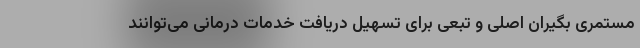
مستمری بگیران اصلی و تبعی برای تسهیل دریافت خدمات درمانی می‌توانند